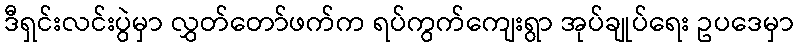
ဒီရှင်းလင်းပွဲမှာ လွှတ်တော်ဖက်က ရပ်ကွက်ကျေးရွာ အုပ်ချုပ်ရေး ဥပဒေမှာ